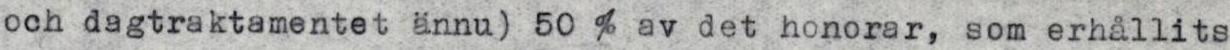
och dagtraktamentet ännu 50 % av det honorar, som erhållits